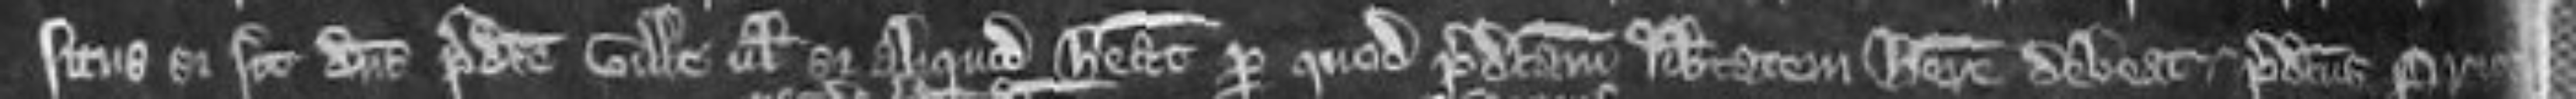
situs si sit dominus predicte ville vel si aliquid habeat per quod predictam libertatem habere debeat. predictus Prior